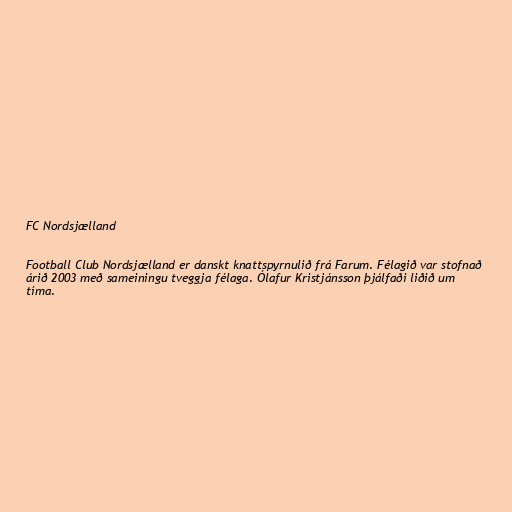
FC Nordsjælland

Football Club Nordsjælland er danskt knattspyrnulið frá Farum. Félagið var stofnað
árið 2003 með sameiningu tveggja félaga. Ólafur Kristjánsson þjálfaði liðið um
tíma.